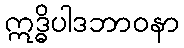
ဣဒ္ဓိပါဒဘာဝနာ